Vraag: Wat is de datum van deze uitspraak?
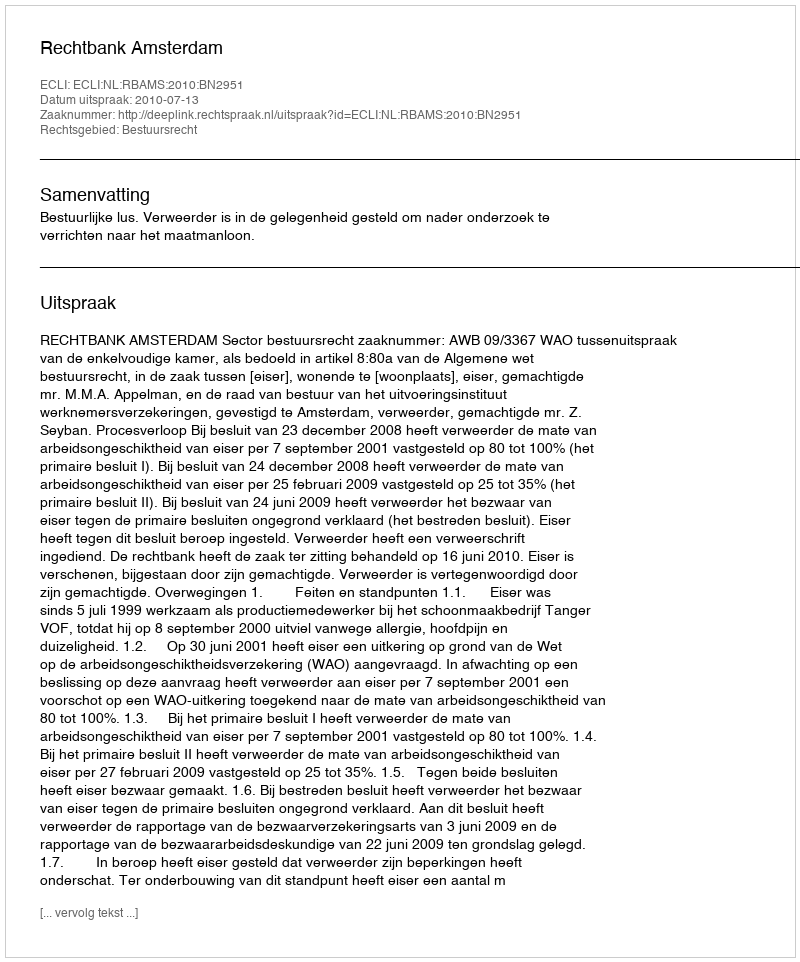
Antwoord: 2010-07-13